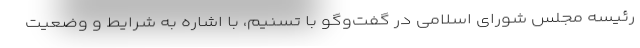
رئیسه مجلس شورای اسلامی در گفت‌وگو با تسنیم، با اشاره به شرایط و وضعیت